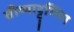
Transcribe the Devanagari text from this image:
तीय्याट्टुण्णि